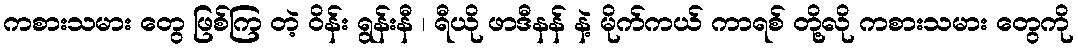
ကစားသမား တွေ ဖြစ်ကြ တဲ့ ဝိန်း ရွန်းနီ ၊ ရီယို ဖာဒီနန် နဲ့ မိုက်ကယ် ကာရစ် တို့လို ကစားသမား တွေကို